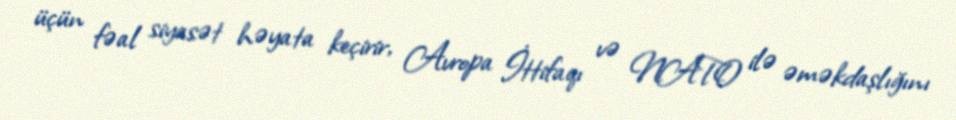
üçün fəal siyasət həyata keçirir, Avropa İttifaqı və NATO ilə əməkdaşlığını